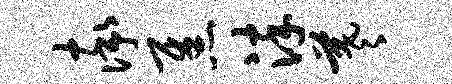
率焦淬羲